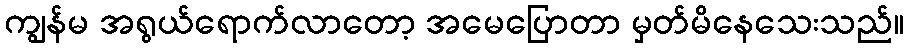
ကျွန်မ အရွယ်ရောက်လာတော့ အမေပြောတာ မှတ်မိနေသေးသည်။